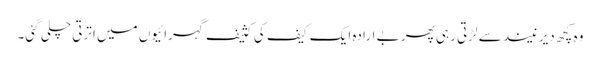
وہ کچھ دیر نیند سے لڑتی رہی پھر بے ارادہ ایک کیف کی کثیف گہرائیوں میں اترتی چلی گئی۔